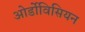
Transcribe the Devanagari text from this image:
ओर्डोविसियन